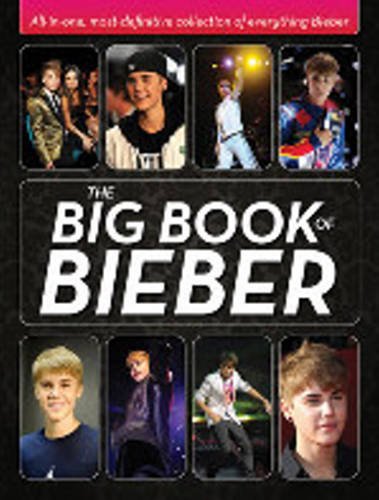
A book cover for The Big Book of Bieber: All-in-One, Most-Definitive Collection of Everything Bieber; Katy Sprinkel; Teen & Young Adult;